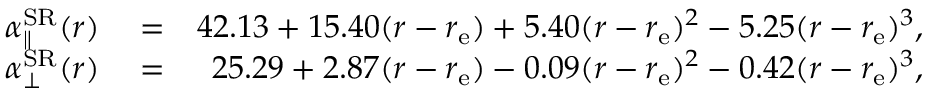
\begin{array} { r l r } { \alpha _ { \parallel } ^ { \mathrm { S R } } ( r ) } & { { } = } & { 4 2 . 1 3 + 1 5 . 4 0 ( r - r _ { \mathrm { e } } ) + 5 . 4 0 ( r - r _ { \mathrm { e } } ) ^ { 2 } - 5 . 2 5 ( r - r _ { \mathrm { e } } ) ^ { 3 } , } \\ { \alpha _ { \bot } ^ { \mathrm { S R } } ( r ) } & { { } = } & { 2 5 . 2 9 + 2 . 8 7 ( r - r _ { \mathrm { e } } ) - 0 . 0 9 ( r - r _ { \mathrm { e } } ) ^ { 2 } - 0 . 4 2 ( r - r _ { \mathrm { e } } ) ^ { 3 } , } \end{array}